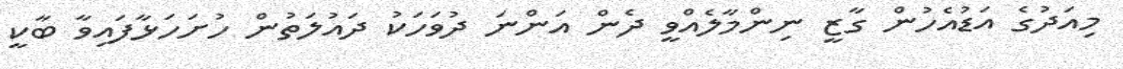
މިއަދުގެ އަޑުއެހުން ގާޒީ ނިންމާލެއްވީ ދެން އަންނަ ދުވަހަކު ދައުލަތުން ހުށަހަޅާފައިވާ ބާކީ